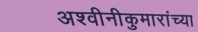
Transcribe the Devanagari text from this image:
अश्वीनीकुमारांच्या